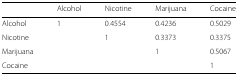
<table><thead><tr><td></td><td><b>Alcohol</b></td><td><b>Nicotine</b></td><td><b>Marijuana</b></td><td><b>Cocaine</b></td></tr></thead><tbody><tr><td>Alcohol</td><td>1</td><td>0.4554</td><td>0.4236</td><td>0.5029</td></tr><tr><td>Nicotine</td><td></td><td>1</td><td>0.3373</td><td>0.3375</td></tr><tr><td>Marijuana</td><td></td><td></td><td>1</td><td>0.5067</td></tr><tr><td>Cocaine</td><td></td><td></td><td></td><td>1</td></tr></tbody></table>